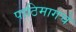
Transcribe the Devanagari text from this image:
पाठिमागचे